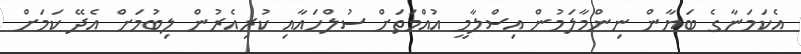
އެކަމަނާގެ ބަޔާން ނިންމާލަމުން އިސްލާމީ އުއްމަތަށް ސުލްހައާއި ކުރިއެރުން ލިބުމަށް އެދޭ ކަމަށް